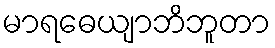
မာရဓေယျာဘိဘူတာ